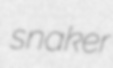
snaker